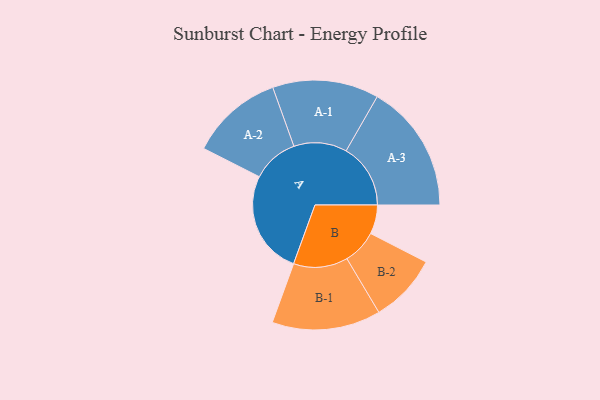
{"axis": {"x": "Segment", "y": "Value"}, "legend": ["", "A", "B"], "data": [{"x": "A", "y": 414, "type": ""}, {"x": "B", "y": 116, "type": ""}, {"x": "A-1", "y": 212, "type": "A"}, {"x": "A-2", "y": 185, "type": "A"}, {"x": "A-3", "y": 257, "type": "A"}, {"x": "B-1", "y": 217, "type": "B"}, {"x": "B-2", "y": 137, "type": "B"}]}